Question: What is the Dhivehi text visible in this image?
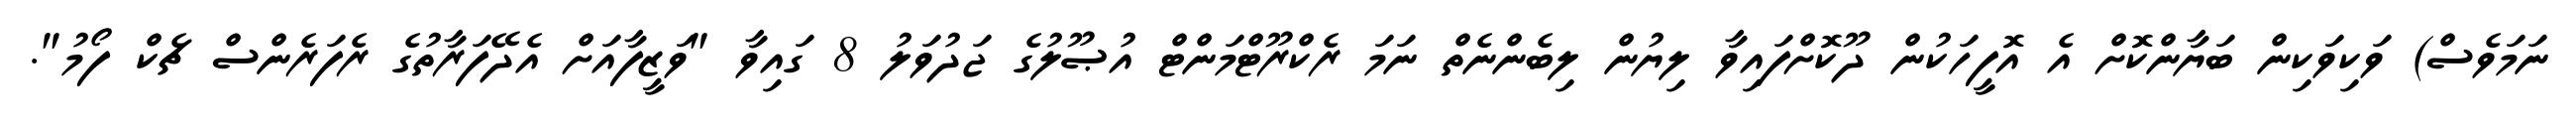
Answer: ނަމަވެސް) ވަކިވަކިން ބަޔާންކޮށް އެ އޮފީހަކުން ދޫކޮށްފައިވާ ލިޔުން ލިބެންނެތް ނަމަ ރެކްރޫޓްމަންޓް އުޞޫލުގެ ޖަދުވަލު 8 ގައިވާ "ވަޒީފާއަށް އެދޭފަރާތުގެ ރެފަރެންސް ޗެކް ފޯމު".